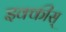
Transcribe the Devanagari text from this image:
इक्कीस्